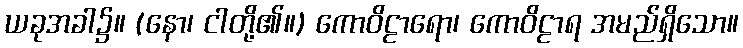
ယခုအခါ၌။ (နော၊ ငါတို့၏။) ကောဝိဠာရော၊ ကောဝိဠာရ အမည်ရှိသော။